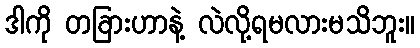
ဒါကို တခြားဟာနဲ့ လဲလို့ရမလားမသိဘူး။